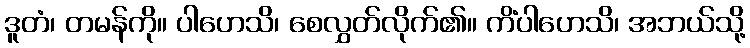
ဒူတံ၊ တမန်ကို။ ပါဟေသိ၊ စေလွှတ်လိုက်၏။ ကိံပါဟေသိ၊ အဘယ်သို့